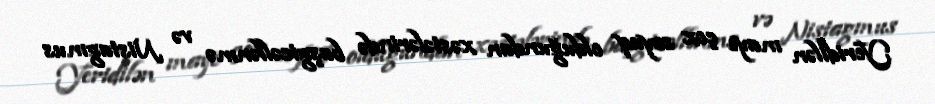
Yeridilən maye çox soyuq olduğundan xəstələrində başgicəllənmə və Nistagmus